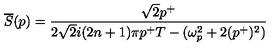
\overline { { S } } ( p ) = \frac { \sqrt { 2 } p ^ { + } } { 2 \sqrt { 2 } i ( 2 n + 1 ) \pi p ^ { + } T - ( \omega _ { p } ^ { 2 } + 2 ( p ^ { + } ) ^ { 2 } ) }